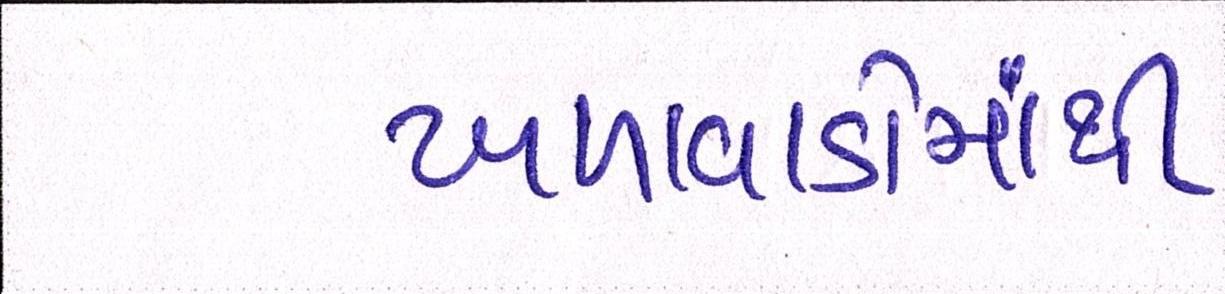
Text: ખળાવાડોમાંથી